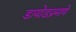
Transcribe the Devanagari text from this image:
डायोडप्रमाणे